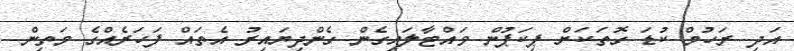
އަދި ރަހުމް ކުޑަ ގޮތަކަށް ޕިކަޕުން ވައްޓާލައިގެން ގެންދިޔައިރު އެތައް ފަހަރެއްގެ މަތިން